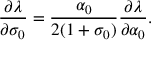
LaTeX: \frac { \partial \lambda } { \partial \sigma _ { 0 } } = \frac { \alpha _ { 0 } } { 2 ( 1 + \sigma _ { 0 } ) } \frac { \partial \lambda } { \partial \alpha _ { 0 } } .